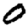
Digit: 0